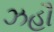
ઝહૌ